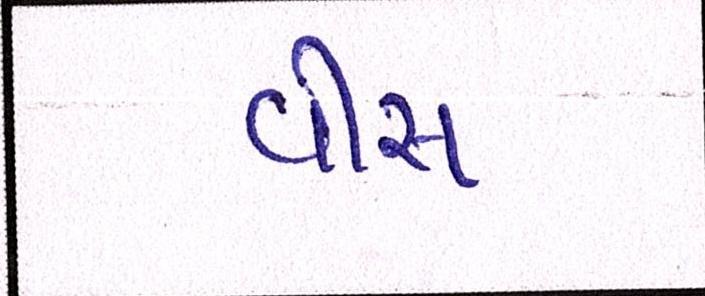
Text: વીસ